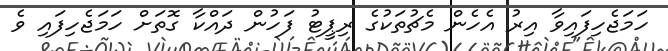
ހަމަޖެހިފައިވާ އިރު އެހެން މެޗުތަކުގެ ރިޕީޓު ފަހުން ދައްކާ ގޮތަށް ހަމަޖެހިފައި ވެ